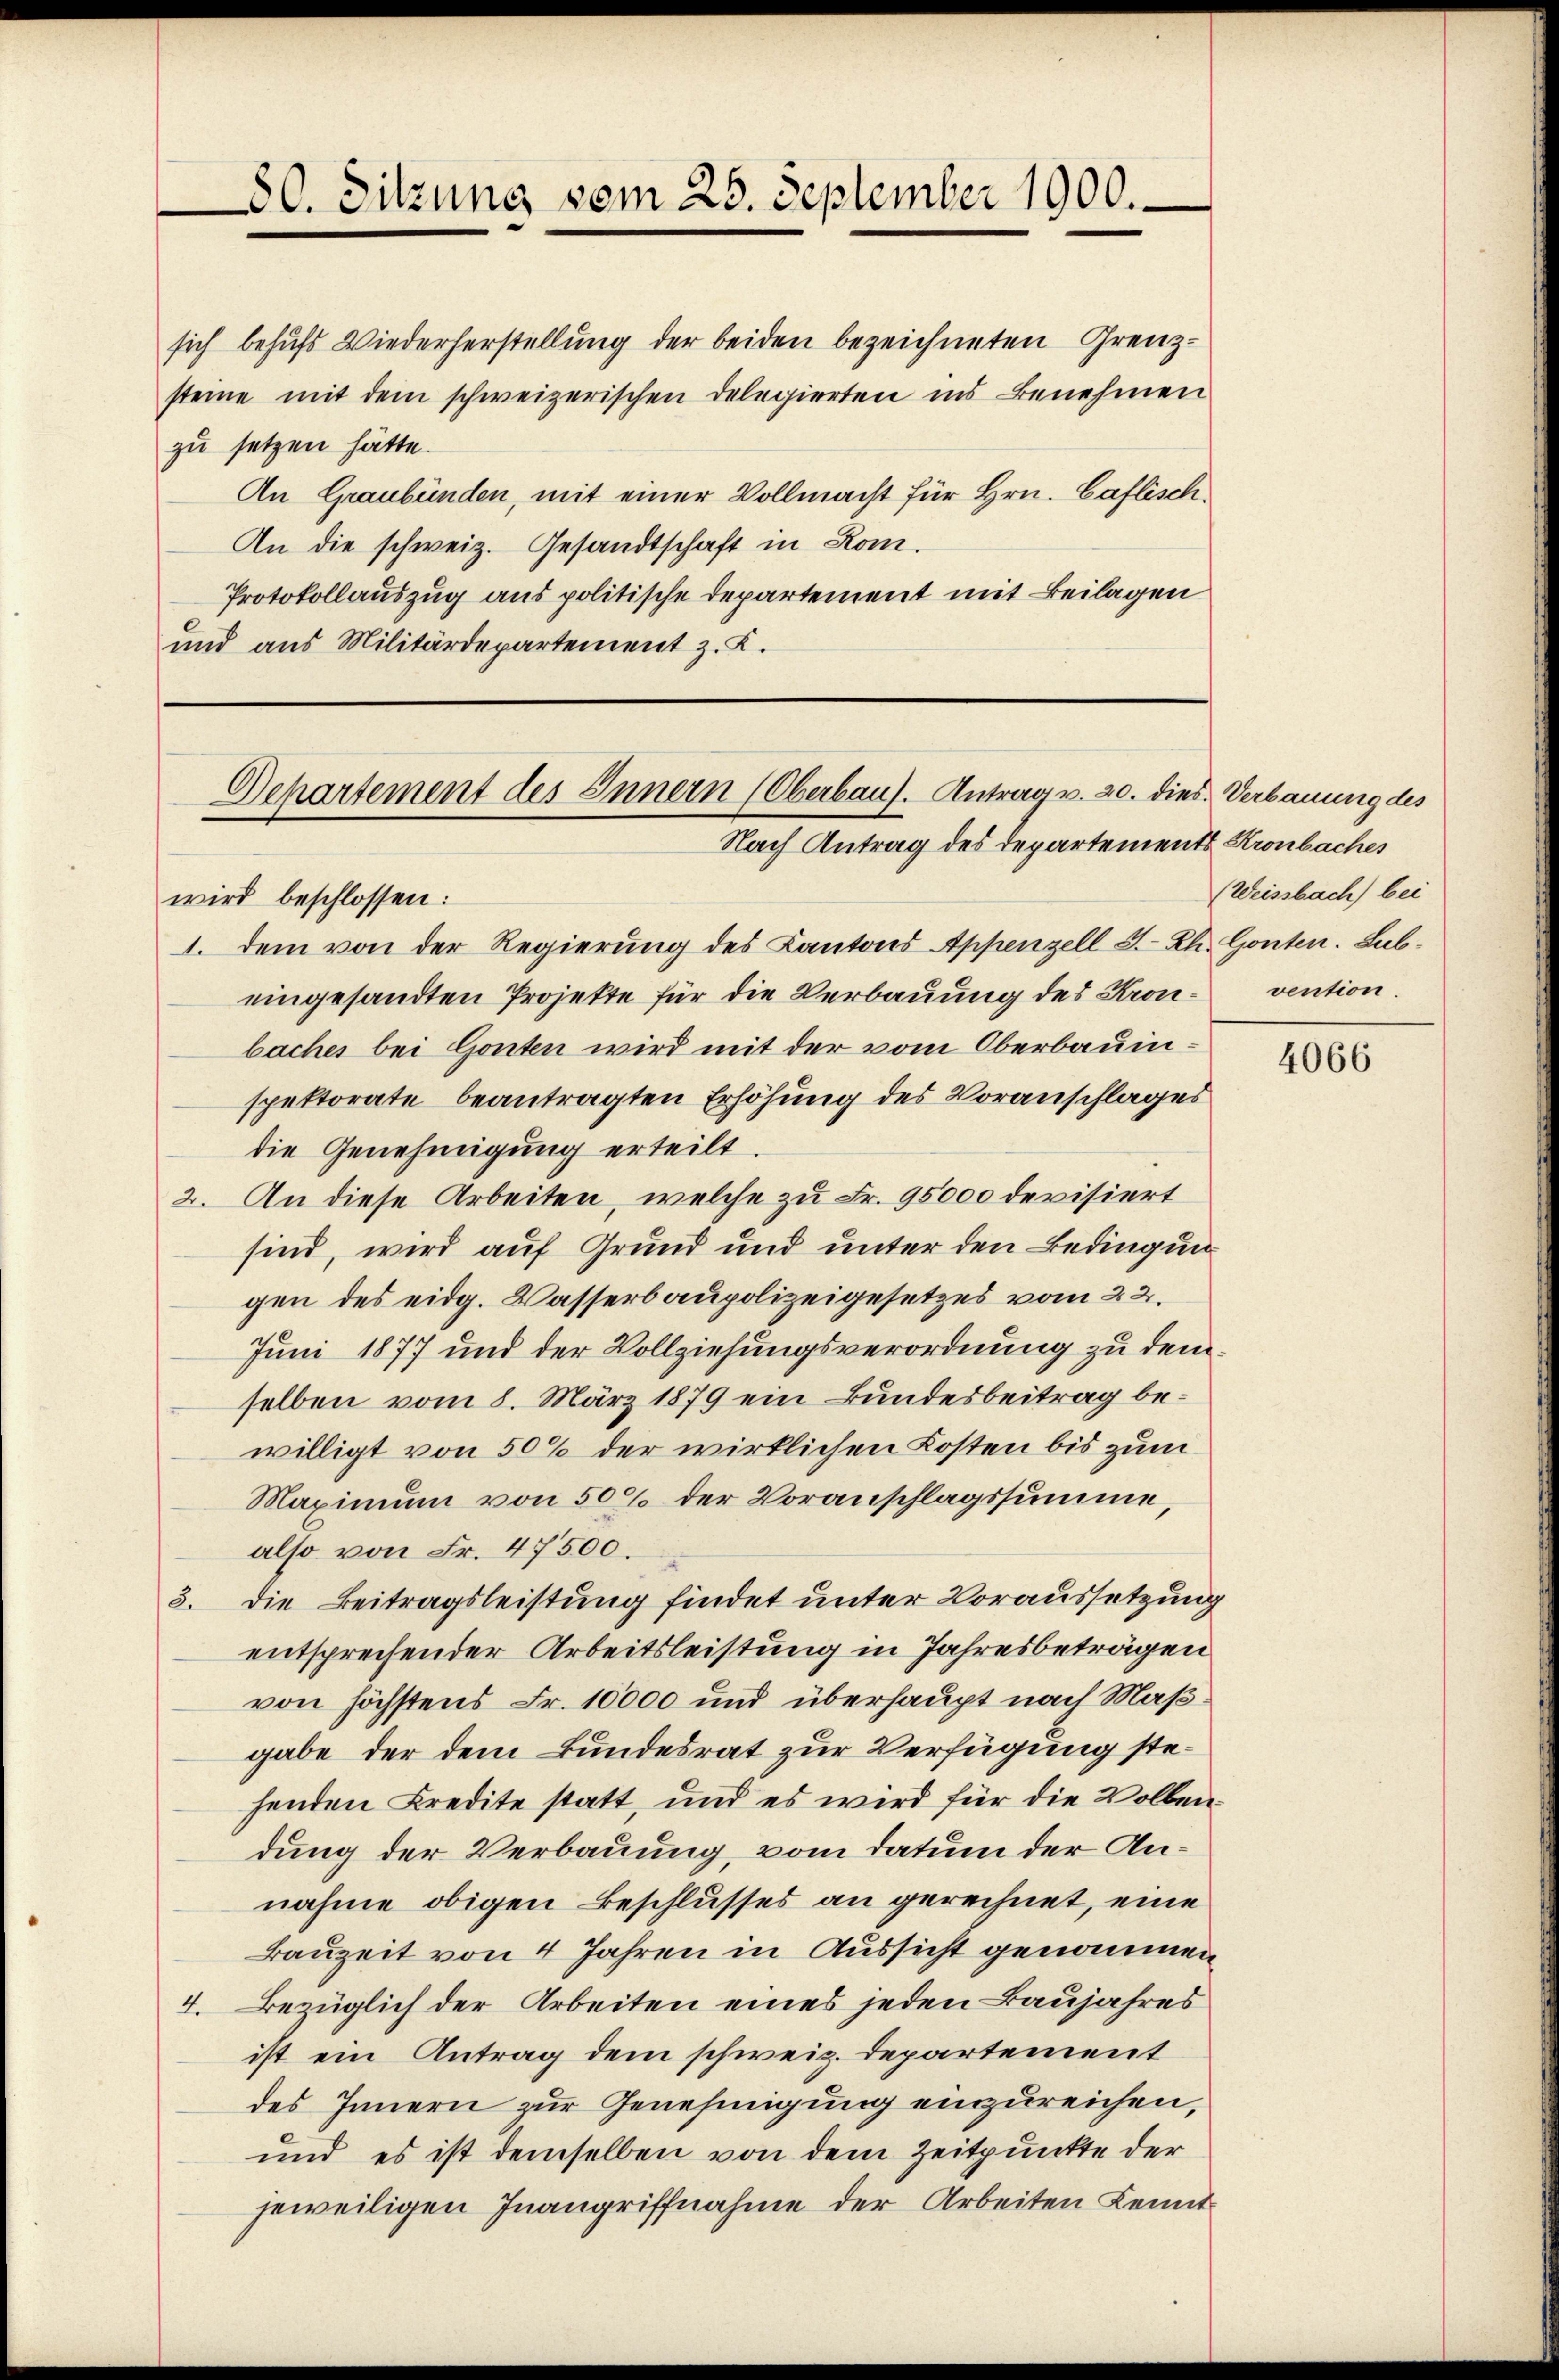
80. Sitzung vom 25. September 1900.

sich behufs Wiederherstellung der beiden bezeichneten Grenzsteine mit dem schweizerischen Delegierten ins Benehmen
zu setzen hätte.
An Graubünden, mit einer Vollmacht für Hrn. Caflisch
An die schweiz. Gesandtschaft in Kom
Protokollauszug aus politische Departement mit Beilagen
und aus Militärdepartement z. K.

Dehartement des Innern (Oberbaus. Antrag v. 20. dies. Verbauung des
Nach Antrag des Departements Kronbaches

wird beschlossen:
1. dem von der Regierung des Kantons Appenzell I.-Rh. Gonten. Subeingesandten Projekte für die Verbauung des Kron- vention.
baches bei Gonten wird mit der vom Oberbauinspektorate beantragten Erhöhung des Voranschlages
die Genehmigung erteilt.
2. An diese Arbeiten, welche zu Fr. 95000 devisiert
sind, wird auf Grund und unter den Bedingungen des eidg. Wasserbaupolizeigesetzes vom 22.
Juni 1877 und der Vollziehungsverordnung zu dem
selben vom 8. März 1879 ein Bundesbeitrag bewilligt von 50% der wirklichen Kosten bis zum
Maximum von 500 der Voranschlagssumme,
also von Fr. 47500.
3. Die Beitragsleistung findet unter Voraussetzung
entsprechender Arbeitsleistung in Jahresbeträgen
von höchstens Fr. 10000 und überhaupt nach Maßgabe der dem Bundesrat zur Verfügung stehenden Kredite statt, und es wird für die Vollendung der Verbauung, vom Datum der Annahme obigen Beschlusses an gerechnet, eine
Bauzeit von 4 Jahren in Aussicht genommen
4. Bezüglich der Arbeiten eines jeden Baujahres
ist ein Antrag dem schweiz. Departement
des Innern zur Genehmigung einzureichen,
und es ist demselben von dem Zeitpunkte der
jeweiligen Inangriffnahme der Arbeiten Kennt

(Weissbach) bei

4066